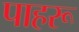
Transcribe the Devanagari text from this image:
पाहरू